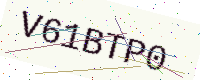
Text: V61BTP0